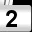
Digit: 2